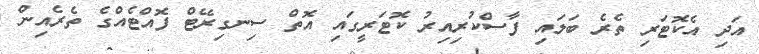
އަދި އެކޮޓަރި ތެރެ ބަލައި ފާސްކުރިއިރު ކޮޓަރީގައި އޮތް ސިނގިރޭޓް ފޮއްޓެއްގެ ތެރެއިން